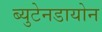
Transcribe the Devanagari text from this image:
ब्युटेनडायोन